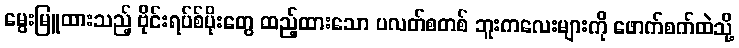
မွေးမြူထားသည့် ဗိုင်းရပ်စ်ပိုးတွေ ထည့်ထားသော ပလတ်စတစ် ဘူးကလေးများကို ဖောက်စက်ထဲသို့